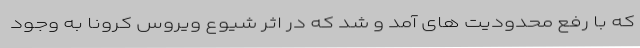
که با رفع محدودیت های آمد و شد که در اثر شیوع ویروس کرونا به وجود